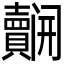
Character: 𮚬